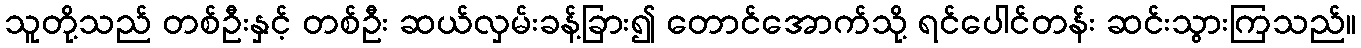
သူတို့သည် တစ်ဦးနှင့် တစ်ဦး ဆယ်လှမ်းခန့်ခြား၍ တောင်အောက်သို့ ရင်ပေါင်တန်း ဆင်းသွားကြသည်။